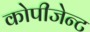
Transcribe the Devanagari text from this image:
कोपीजेन्ट